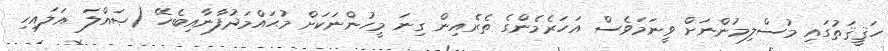
ހަޤީޤަތުގައި މުސްލިމުންނަށް ވީނަމަވެސް އަހަރެމެންގެ ތެރެއިން ގިނަ މީހުންނަކަށް މުޙައްމަދުފާނާއިބެހޭ (ޞައްލަ އަލައިހި